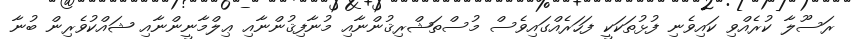
ރަސޫލާ ކުރެއްވި ކައިވެނި ފުޅުތަކަކީ ފަހަރެއްގައިވެސް މުސްތަޝްރިޤުންނާއި މުނާފިޤުންނާއި ޢިލްމާނީންނާއި ޝައްކުވެރިން ބުނާ